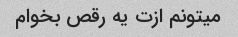
میتونم ازت یه رقص بخوام